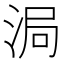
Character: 𬇴